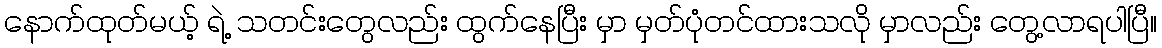
နောက်ထုတ်မယ့် ရဲ့ သတင်းတွေလည်း ထွက်နေပြီး မှာ မှတ်ပုံတင်ထားသလို မှာလည်း တွေ့လာရပါပြီ။